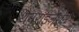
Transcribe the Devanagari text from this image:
थैचराइज़ेशन